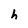
Character: h